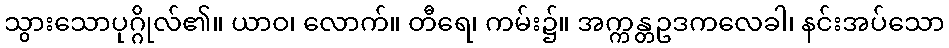
သွားသောပုဂ္ဂိုလ်၏။ ယာဝ၊ လောက်။ တီရေ၊ ကမ်း၌။ အက္ကန္တဥဒကလေခါ၊ နင်းအပ်သော